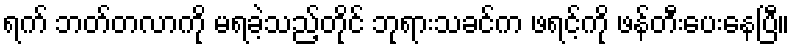
ရက် ဘတ်တလာကို မရခဲ့သည့်တိုင် ဘုရားသခင်က ဖရင့်ကို ဖန်တီးပေးနေပြီ။